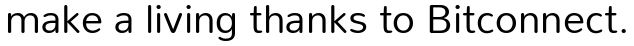
make a living thanks to Bitconnect.